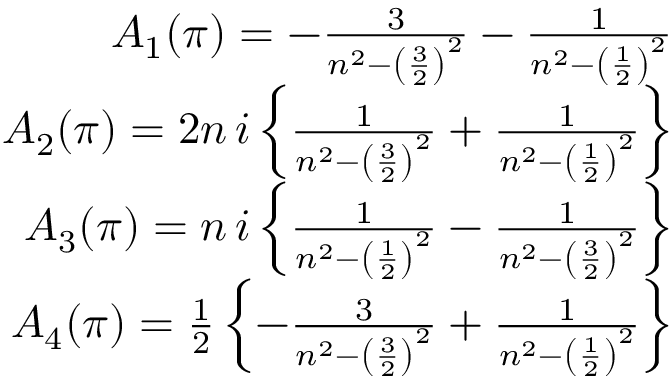
\begin{array} { r l r } & { } & { A _ { 1 } ( \pi ) = - { \frac { 3 } { n ^ { 2 } - \left( { \frac { 3 } { 2 } } \right) ^ { 2 } } } - { \frac { 1 } { n ^ { 2 } - \left( { \frac { 1 } { 2 } } \right) ^ { 2 } } } } \\ & { } & { A _ { 2 } ( \pi ) = 2 n \, i \left\{ { \frac { 1 } { n ^ { 2 } - \left( { \frac { 3 } { 2 } } \right) ^ { 2 } } } + { \frac { 1 } { n ^ { 2 } - \left( { \frac { 1 } { 2 } } \right) ^ { 2 } } } \right\} } \\ & { } & { A _ { 3 } ( \pi ) = n \, i \left\{ { \frac { 1 } { n ^ { 2 } - \left( { \frac { 1 } { 2 } } \right) ^ { 2 } } } - { \frac { 1 } { n ^ { 2 } - \left( { \frac { 3 } { 2 } } \right) ^ { 2 } } } \right\} } \\ & { } & { A _ { 4 } ( \pi ) = { \frac { 1 } { 2 } } \left\{ - { \frac { 3 } { n ^ { 2 } - \left( { \frac { 3 } { 2 } } \right) ^ { 2 } } } + { \frac { 1 } { n ^ { 2 } - \left( { \frac { 1 } { 2 } } \right) ^ { 2 } } } \right\} } \end{array}